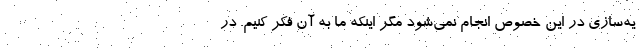
یه‌سازی در این خصوص انجام نمی‌شود مگر اینکه ما به آن فکر کنیم. در